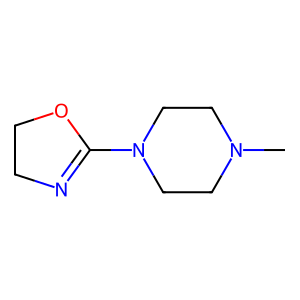
SMILES: CN1CCN(C2=NCCO2)CC1
Inhibits HIV replication: No